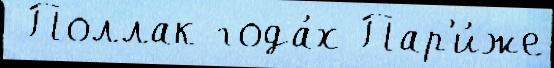
 Поллак года́х Пар'и́же